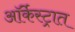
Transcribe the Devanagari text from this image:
ऑर्केस्ट्रात